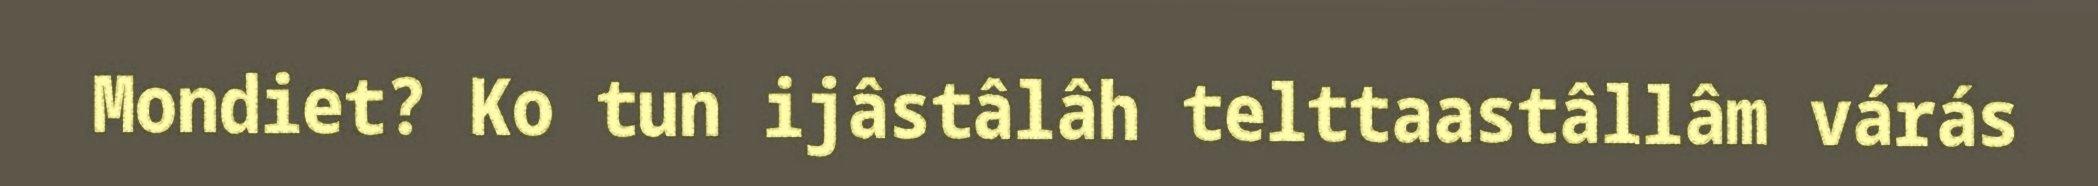
Mondiet? Ko tun ijâstâlâh telttaastâllâm várás